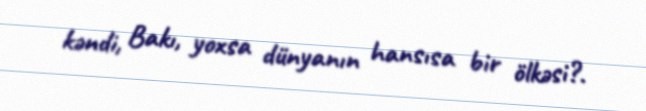
kəndi, Bakı, yoxsa dünyanın hansısa bir ölkəsi?.